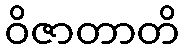
ဝိဇာတာတိ